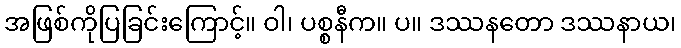
အဖြစ်ကိုပြခြင်းကြောင့်။ ဝါ၊ ပစ္စနီက။ ပ။ ဒဿနတော ဒဿနာယ၊